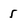
Character: 5